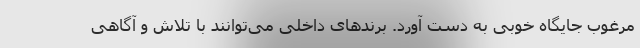
مرغوب جایگاه خوبی به دست آورد. برندهای داخلی می‌توانند با تلاش و آگاهی